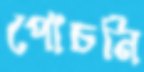
পোঁচনি